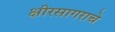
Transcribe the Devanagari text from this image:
क्षीरसागराचे